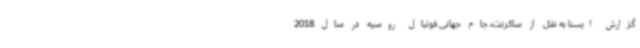
گزارش ایسنا به نقل از ساکرنت، جام جهانی فوتبال روسیه در سال 2018